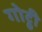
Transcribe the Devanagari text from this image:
गोट्ठी